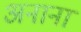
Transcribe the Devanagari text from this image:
अनाना